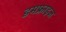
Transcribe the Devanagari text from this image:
डमफ्राइज